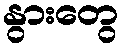
နွားတွေ